Petrogradi_Kontroll-Opteerimise_Komisjon, lk 56
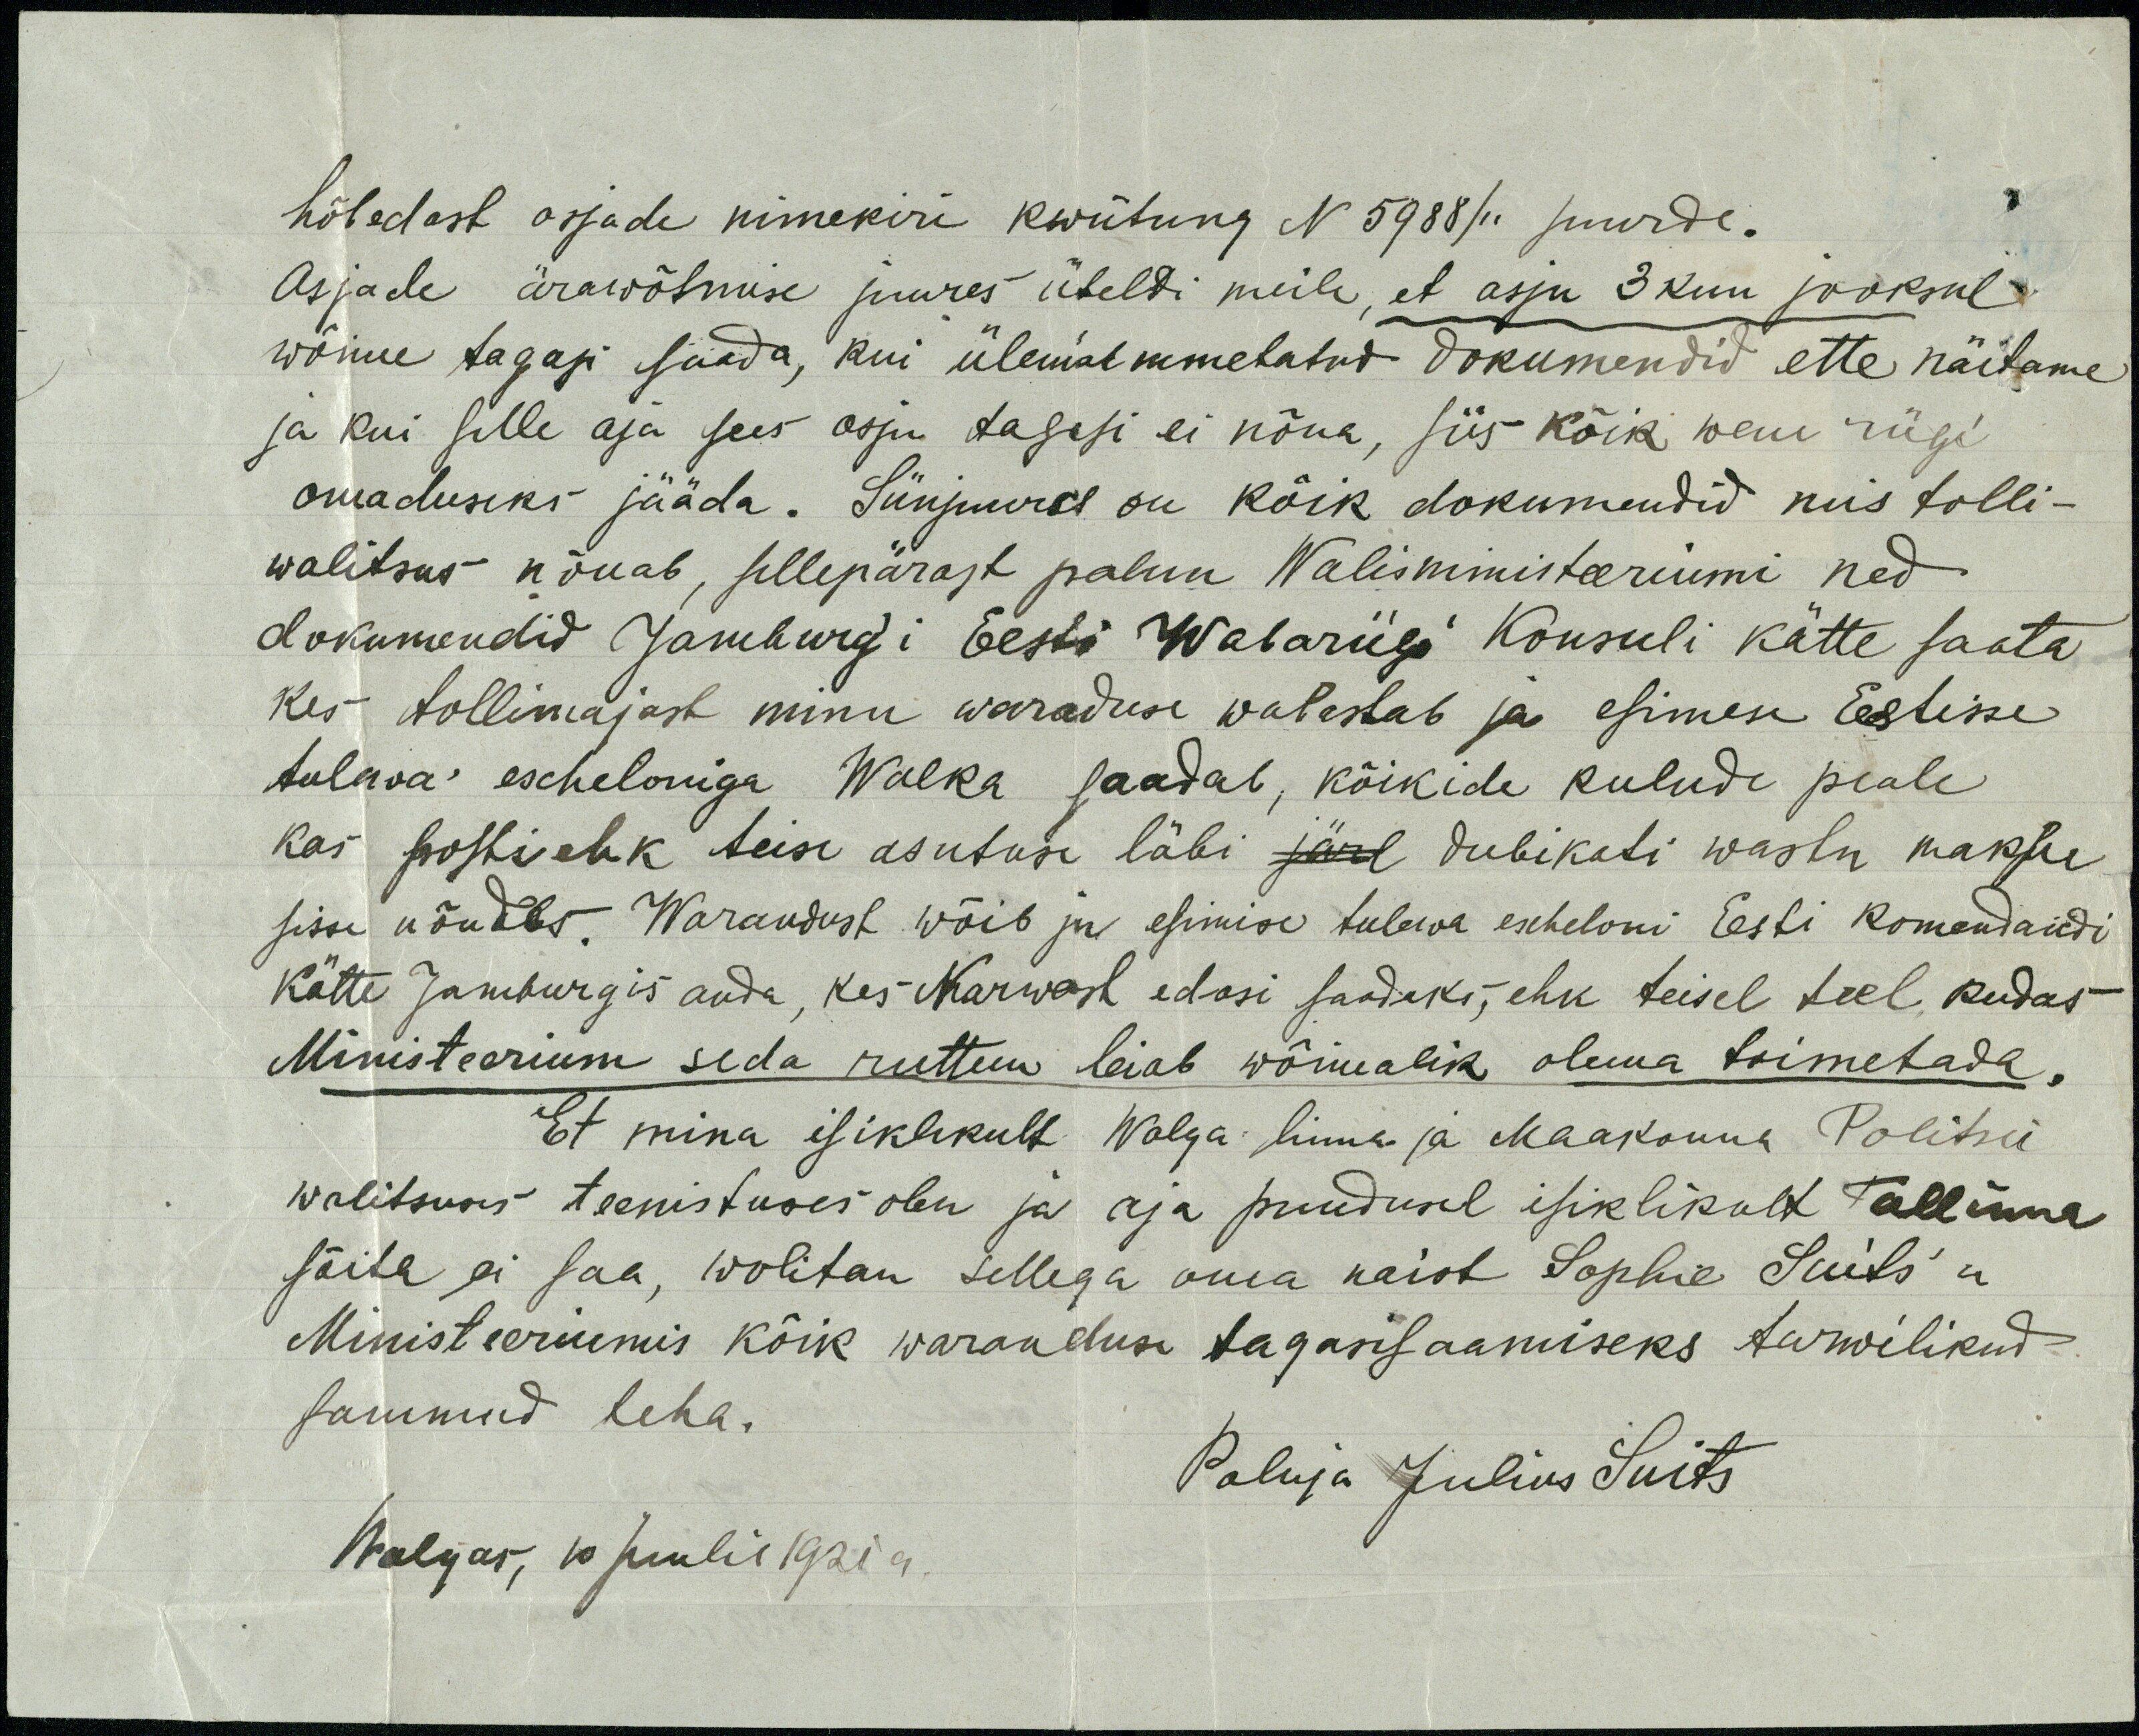
hõbedast asjade nimekiri kwiitung N 5988/11 juurde.
Asjade ärawõtmise juures üteldi meile, et asju 3 kuu jooksul
wõime tagasi saada, kui ülemal nimetatud dokumendid ette näitame
ja kui selle aja sees asju tagasi ei nõua, siis kõik wene riigi
omaduseks jääda. Siinjuures on kõik dokumendid mis tolli-
walitsus nõuab, sellepärast palun Walisministeeriumi ned
dokumendid Jamburgi Eesti Wabariigi Konsuli kätte saata
kes tollimajast minu waraduse wabastab ja esimese Eestisse
tulewa escheloniga Walka saadab, kõikide kulude peale
kas posti ehk teise asutuse läbi järl dubikati wastu maksu
sisse nõudes. Warandust wõib ju esimise tulewa escheloni Eesti Komandandi
kätte Jamburgis anda, kes Narwast edasi saadaks, ehk teisel teel, kudas
Ministeerium seda ruttem leiab wõimalik olema toimetada.
Et mina isiklikult Walga linna ja Maakonna Politsei
walitsuses teenistuses olen ja aja puudusel isiklikult Tallinna
sõita ei saa, wolitan sellega oma naist Sophie Suits'u
Ministeeriumis kõik waranduse tagasisaamiseks tarwilikud
sammud leha.
Paluja Julius Suits
Walgas, 10 juulil 1921 a.